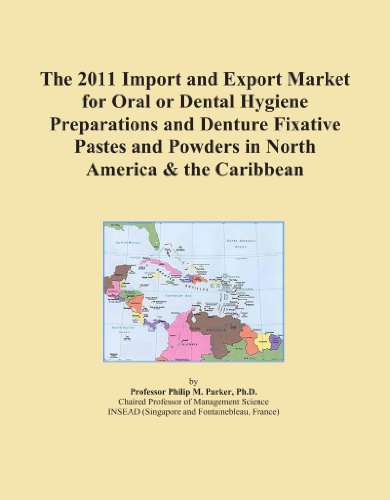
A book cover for The 2011 Import and Export Market for Oral or Dental Hygiene Preparations and Denture Fixative Pastes and Powders in North America & the Caribbean; Icon Group International; Medical Books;